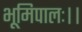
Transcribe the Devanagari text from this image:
भूमिपालः।।